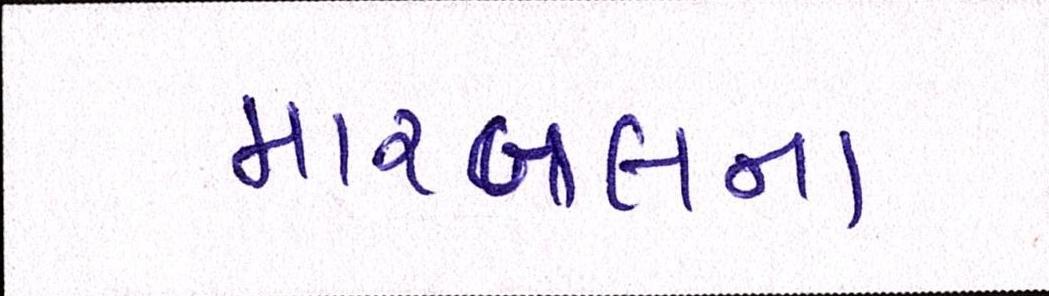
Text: મારબલના